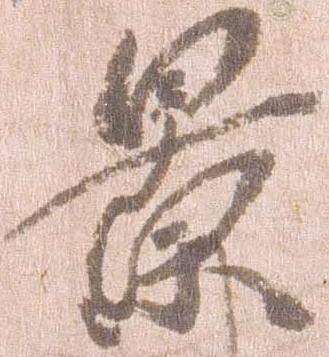
景